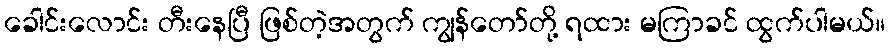
ခေါင်းလောင်း တီးနေပြီ ဖြစ်တဲ့အတွက် ကျွန်တော်တို့ ရထား မကြာခင် ထွက်ပါမယ်။